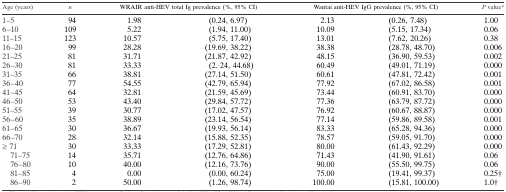
<table><thead><tr><td><b>Age (years)</b></td><td><b><i>n</i></b></td><td colspan="2"><b>WRAIR anti-HEV total Ig prevalence (%, 95% CI)</b></td><td colspan="2"><b>Wantai anti-HEV IgG prevalence (%, 95% CI)</b></td><td><b><i>P</i> value*</b></td></tr></thead><tbody><tr><td>1–5</td><td>94</td><td>1.98</td><td>(0.24, 6.97)</td><td>2.13</td><td>(0.26, 7.48)</td><td>1.00</td></tr><tr><td>6–10</td><td>109</td><td>5.22</td><td>(1.94, 11.00)</td><td>10.09</td><td>(5.15, 17.34)</td><td>0.06</td></tr><tr><td>11–15</td><td>123</td><td>10.57</td><td>(5.75, 17.40)</td><td>13.01</td><td>(7.62, 20.26)</td><td>0.38</td></tr><tr><td>16–20</td><td>99</td><td>28.28</td><td>(19.69, 38.22)</td><td>38.38</td><td>(28.78, 48.70)</td><td>0.006</td></tr><tr><td>21–25</td><td>81</td><td>31.71</td><td>(21.87, 42.92)</td><td>48.15</td><td>(36.90, 59.53)</td><td>0.002</td></tr><tr><td>26–30</td><td>81</td><td>33.33</td><td>(2.·24, 44.68)</td><td>60.49</td><td>(49.01, 71.19)</td><td>0.000</td></tr><tr><td>31–35</td><td>66</td><td>38.81</td><td>(27.14, 51.50)</td><td>60.61</td><td>(47.81, 72.42)</td><td>0.001</td></tr><tr><td>36–40</td><td>77</td><td>54.55</td><td>(42.79, 65.94)</td><td>77.92</td><td>(67.02, 86.58)</td><td>0.001</td></tr><tr><td>41–45</td><td>64</td><td>32.81</td><td>(21.59, 45.69)</td><td>73.44</td><td>(60.91, 83.70)</td><td>0.000</td></tr><tr><td>46–50</td><td>53</td><td>43.40</td><td>(29.84, 57.72)</td><td>77.36</td><td>(63.79, 87.72)</td><td>0.000</td></tr><tr><td>51–55</td><td>39</td><td>30.77</td><td>(17.02, 47.57)</td><td>76.92</td><td>(60.67, 88.87)</td><td>0.000</td></tr><tr><td>56–60</td><td>35</td><td>38.89</td><td>(23.14, 56.54)</td><td>77.14</td><td>(59.86, 89.58)</td><td>0.001</td></tr><tr><td>61–65</td><td>30</td><td>36.67</td><td>(19.93, 56.14)</td><td>83.33</td><td>(65.28, 94.36)</td><td>0.000</td></tr><tr><td>66–70</td><td>28</td><td>32.14</td><td>(15.88, 52.35)</td><td>78.57</td><td>(59.05, 91.70)</td><td>0.000</td></tr><tr><td>≥ 71</td><td>30</td><td>33.33</td><td>(17.29, 52.81)</td><td>80.00</td><td>(61.43, 92.29)</td><td>0.000</td></tr><tr><td> 71–75</td><td>14</td><td>35.71</td><td>(12.76, 64.86)</td><td>71.43</td><td>(41.90, 91.61)</td><td>0.06</td></tr><tr><td> 76–80</td><td>10</td><td>40.00</td><td>(12.16, 73.76)</td><td>90.00</td><td>(55.50, 99.75)</td><td>0.06</td></tr><tr><td> 81–85</td><td>4</td><td>0.00</td><td>(0.00, 60.24)</td><td>75.00</td><td>(19.41, 99.37)</td><td>0.25†</td></tr><tr><td> 86–90</td><td>2</td><td>50.00</td><td>(1.26, 98.74)</td><td>100.00</td><td>(15.81, 100.00)</td><td>1.0†</td></tr></tbody></table>